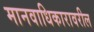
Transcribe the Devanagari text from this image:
मानवाधिकारावरील